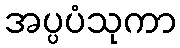
အပ္ပပံသုကာ